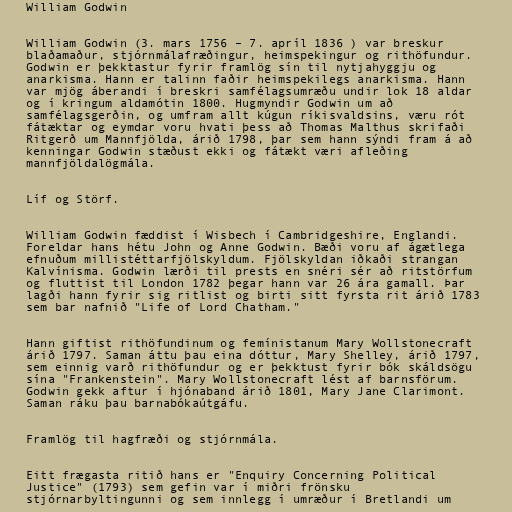
William Godwin

William Godwin (3. mars 1756 – 7. apríl 1836 ) var breskur
blaðamaður, stjórnmálafræðingur, heimspekingur og rithöfundur.
Godwin er þekktastur fyrir framlög sín til nytjahyggju og
anarkisma. Hann er talinn faðir heimspekilegs anarkisma. Hann
var mjög áberandi í breskri samfélagsumræðu undir lok 18 aldar
og í kringum aldamótin 1800. Hugmyndir Godwin um að
samfélagsgerðin, og umfram allt kúgun ríkisvaldsins, væru rót
fátæktar og eymdar voru hvati þess að Thomas Malthus skrifaði
Ritgerð um Mannfjölda, árið 1798, þar sem hann sýndi fram á að
kenningar Godwin stæðust ekki og fátækt væri afleðing
mannfjöldalögmála.

Líf og Störf.

William Godwin fæddist í Wisbech í Cambridgeshire, Englandi.
Foreldar hans hétu John og Anne Godwin. Bæði voru af ágætlega
efnuðum millistéttarfjölskyldum. Fjölskyldan iðkaði strangan
Kalvínisma. Godwin lærði til prests en snéri sér að ritstörfum
og fluttist til London 1782 þegar hann var 26 ára gamall. Þar
lagði hann fyrir sig ritlist og birti sitt fyrsta rit árið 1783
sem bar nafnið "Life of Lord Chatham."

Hann giftist rithöfundinum og femínistanum Mary Wollstonecraft
árið 1797. Saman áttu þau eina dóttur, Mary Shelley, árið 1797,
sem einnig varð rithöfundur og er þekktust fyrir bók skáldsögu
sína "Frankenstein". Mary Wollstonecraft lést af barnsförum.
Godwin gekk aftur í hjónaband árið 1801, Mary Jane Clarimont.
Saman ráku þau barnabókaútgáfu.

Framlög til hagfræði og stjórnmála.

Eitt frægasta ritið hans er "Enquiry Concerning Political
Justice" (1793) sem gefin var í miðri frönsku
stjórnarbyltingunni og sem innlegg í umræður í Bretlandi um